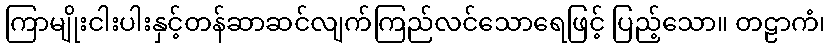
ကြာမျိုးငါးပါးနှင့်တန်ဆာဆင်လျက်ကြည်လင်သောရေဖြင့် ပြည့်သော။ တဠာကံ၊